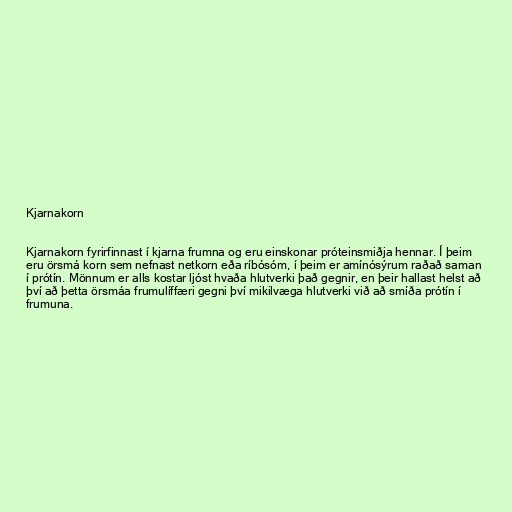
Kjarnakorn

Kjarnakorn fyrirfinnast í kjarna frumna og eru einskonar próteinsmiðja hennar. Í þeim
eru örsmá korn sem nefnast netkorn eða ríbósóm, í þeim er amínósýrum raðað saman
í prótín. Mönnum er alls kostar ljóst hvaða hlutverki það gegnir, en þeir hallast helst að
því að þetta örsmáa frumulíffæri gegni því mikilvæga hlutverki við að smíða prótín í
frumuna.